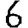
Digit: 6